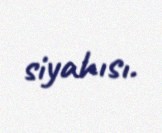
siyahısı.